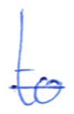
Text: to
Cross-out: single-line
Writing tool: ballpoint